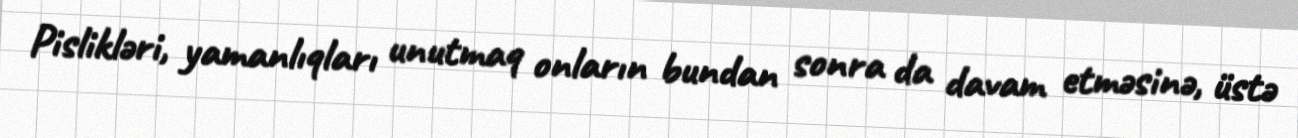
Pislikləri, yamanlıqları unutmaq onların bundan sonra da davam etməsinə, üstə